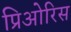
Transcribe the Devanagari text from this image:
प्रिओरिस